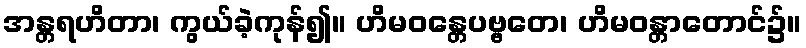
အန္တရဟိတာ၊ ကွယ်ခဲ့ကုန်၍။ ဟိမဝန္တေပဗ္ဗတေ၊ ဟိမဝန္တာတောင်၌။